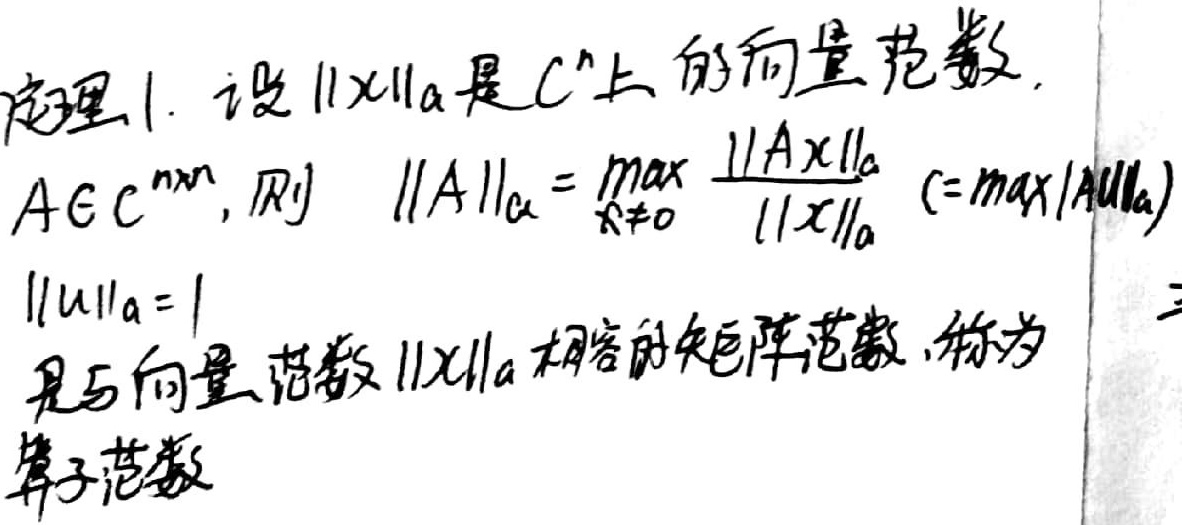
定理1. 设$\|x\|_{\alpha}$是$\mathbb{C}^n$上的向量范数，$A \in \mathbb{C}^{n\times n}$，则
\[\|A\|_{\alpha}=\max_{x\neq0} \frac{\|Ax\|_{\alpha}}{\|x\|_{\alpha}}\quad(=\max_{\|u\|_{\alpha}=1} \|Au\|_{\alpha})\]
$\|u\|_{\alpha}=1$ 是与向量范数$\|x\|_{\alpha}$相容的矩阵范数，称为算子范数。